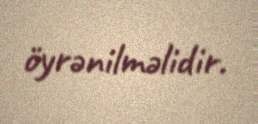
öyrənilməlidir.